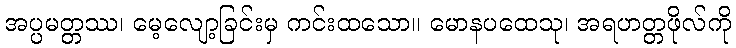
အပ္ပမတ္တဿ၊ မေ့လျော့ခြင်းမှ ကင်းထသော။ မောနပထေသု၊ အရဟတ္တဖိုလ်ကို